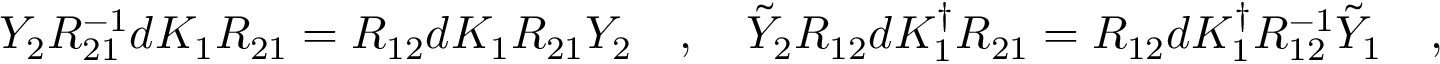
Y _ { 2 } R _ { 2 1 } ^ { - 1 } d K _ { 1 } R _ { 2 1 } = R _ { 1 2 } d K _ { 1 } R _ { 2 1 } Y _ { 2 } \quad , \quad \tilde { Y } _ { 2 } R _ { 1 2 } d K _ { 1 } ^ { \dagger } R _ { 2 1 } = R _ { 1 2 } d K _ { 1 } ^ { \dagger } R _ { 1 2 } ^ { - 1 } \tilde { Y } _ { 1 } \quad ,